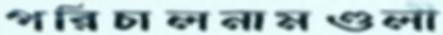
পরিচালনামণ্ডলী